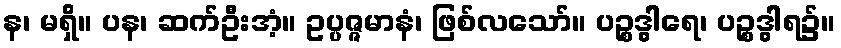
န၊ မရှိ။ ပန၊ ဆက်ဦးအံ့။ ဥပ္ပဇ္ဇမာနံ၊ ဖြစ်လသော်။ ပဉ္စဒွါရေ၊ ပဉ္စဒွါရ၌။